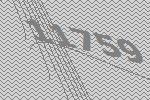
11759